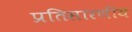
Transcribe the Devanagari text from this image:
प्रतिसारणीय